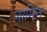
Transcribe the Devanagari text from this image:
ज़ामिन